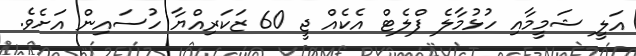
އަލީ ޝަމީމާއި ހުޅުމާލެ ފްލެޓް އެކެއް ޖީ 60 ޒަކަރިއްޔާ ހުސައިން އަށެވެ.